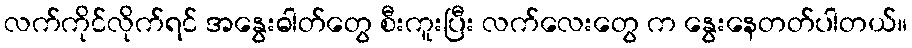
လက်ကိုင်လိုက်ရင် အနွေးဓါတ်တွေ စီးကူးပြီး လက်လေးတွေ က နွေးနေတတ်ပါတယ်။